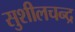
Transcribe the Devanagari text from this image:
सुशीलचन्द्र